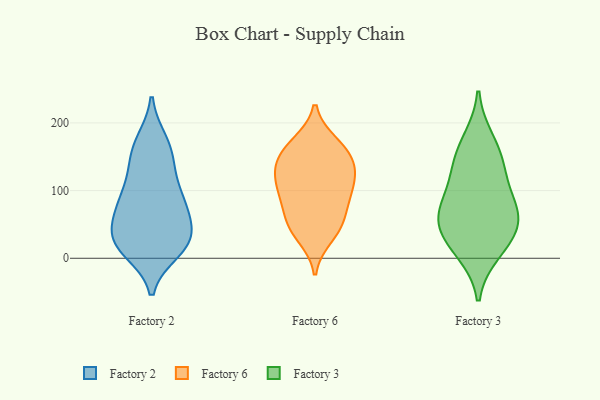
{"axis": {"x": "Backlog", "y": "Value"}, "legend": ["Factory 2", "Factory 3", "Factory 6"], "data": [{"x": "", "y": 133, "type": "Factory 2"}, {"x": "", "y": 12, "type": "Factory 2"}, {"x": "", "y": 71, "type": "Factory 2"}, {"x": "", "y": 76, "type": "Factory 2"}, {"x": "", "y": 154, "type": "Factory 2"}, {"x": "", "y": 172, "type": "Factory 2"}, {"x": "", "y": 26, "type": "Factory 2"}, {"x": "", "y": 85, "type": "Factory 2"}, {"x": "", "y": 118, "type": "Factory 2"}, {"x": "", "y": 34, "type": "Factory 2"}, {"x": "", "y": 87, "type": "Factory 2"}, {"x": "", "y": 17, "type": "Factory 2"}, {"x": "", "y": 27, "type": "Factory 2"}, {"x": "", "y": 29, "type": "Factory 2"}, {"x": "", "y": 25, "type": "Factory 2"}, {"x": "", "y": 167, "type": "Factory 2"}, {"x": "", "y": 73, "type": "Factory 2"}, {"x": "", "y": 157, "type": "Factory 6"}, {"x": "", "y": 60, "type": "Factory 6"}, {"x": "", "y": 46, "type": "Factory 6"}, {"x": "", "y": 91, "type": "Factory 6"}, {"x": "", "y": 99, "type": "Factory 6"}, {"x": "", "y": 142, "type": "Factory 6"}, {"x": "", "y": 32, "type": "Factory 6"}, {"x": "", "y": 170, "type": "Factory 6"}, {"x": "", "y": 139, "type": "Factory 6"}, {"x": "", "y": 118, "type": "Factory 6"}, {"x": "", "y": 131, "type": "Factory 6"}, {"x": "", "y": 84, "type": "Factory 6"}, {"x": "", "y": 111, "type": "Factory 6"}, {"x": "", "y": 48, "type": "Factory 6"}, {"x": "", "y": 167, "type": "Factory 6"}, {"x": "", "y": 174, "type": "Factory 3"}, {"x": "", "y": 139, "type": "Factory 3"}, {"x": "", "y": 140, "type": "Factory 3"}, {"x": "", "y": 52, "type": "Factory 3"}, {"x": "", "y": 64, "type": "Factory 3"}, {"x": "", "y": 23, "type": "Factory 3"}, {"x": "", "y": 48, "type": "Factory 3"}, {"x": "", "y": 95, "type": "Factory 3"}, {"x": "", "y": 10, "type": "Factory 3"}, {"x": "", "y": 78, "type": "Factory 3"}]}